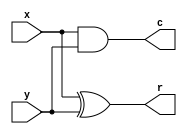
module hadd_1bit(input wire x, y, output wire r, c);

xor (r, x, y);
and (c, x, y);

endmodule

module add_1bit(input wire x, y, ci, output wire r, co);

wire t0, t1, t2;

hadd_1bit g0(.r(t0), .c(t1), .x(x), .y(y));
    hadd_1bit g1(.r(r), .c(t2), .x(t0), .y(ci));
        or (co, t1, t2);

endmodule

module sub_8bit(
    input  wire              op,
    input  wire              ci,
    input  wire signed [7:0] x,
    input  wire signed [7:0] y,
    output wire              of,
    output wire signed [7:0] r
);

wire yy[7:0], co[7:0];

assign {yy[7],yy[6],yy[5],yy[4],yy[3],yy[2],yy[1],yy[0], co[0]} = {y[7],y[6],y[5],y[4],y[3],y[2],y[1],y[0], ci} ^ {9{op}};

// Bit 0..6
add_1bit g0(.r(r[0]), .co(co[1]), .x(x[0]), .y(yy[0]), .ci(co[0]));
add_1bit g1(.r(r[1]), .co(co[2]), .x(x[1]), .y(yy[1]), .ci(co[1]));
add_1bit g2(.r(r[2]), .co(co[3]), .x(x[2]), .y(yy[2]), .ci(co[2]));
add_1bit g3(.r(r[3]), .co(co[4]), .x(x[3]), .y(yy[3]), .ci(co[3]));
add_1bit g4(.r(r[4]), .co(co[5]), .x(x[4]), .y(yy[4]), .ci(co[4]));
add_1bit g5(.r(r[5]), .co(co[6]), .x(x[5]), .y(yy[5]), .ci(co[5]));
add_1bit g6(.r(r[6]), .co(co[7]), .x(x[6]), .y(yy[6]), .ci(co[6]));

// Bit 7
wire t0, t1, t2, t3;
xnor (t0, x[7], yy[7]);         // Parameter sign-equivalence
xor (t1, x[7], yy[7]);          // Half-add
    xor (r[7], t1, co[7]);      // Full-add
    xor (t2, t1, co[7]);        // Result sign
        xor (t3, x[7], t2);     // Sign exclusivity
            and (of, t0, t3);   // Overflow
endmodule